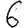
Digit: 6